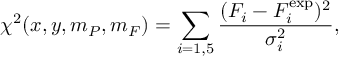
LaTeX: \chi ^ { 2 } ( x , y , m _ { P } , m _ { F } ) = \sum _ { i = 1 , 5 } \frac { ( F _ { i } - F _ { i } ^ { \mathrm { e x p } } ) ^ { 2 } } { \sigma _ { i } ^ { 2 } } ,